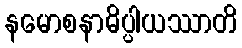
နမောစနာဓိပ္ပါယဿာတိ